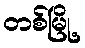
တစ်မြို့